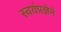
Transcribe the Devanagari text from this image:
स्वयंप्रज्ञेने